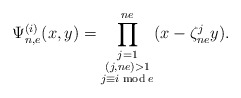
\begin{align*} \Psi_{n,e}^{(i)}(x,y)=\prod^{ne}_{\substack{j=1 \\ (j,ne)>1\\ j\equiv i \bmod e}}(x-\zeta^j_{ne}y).\end{align*}